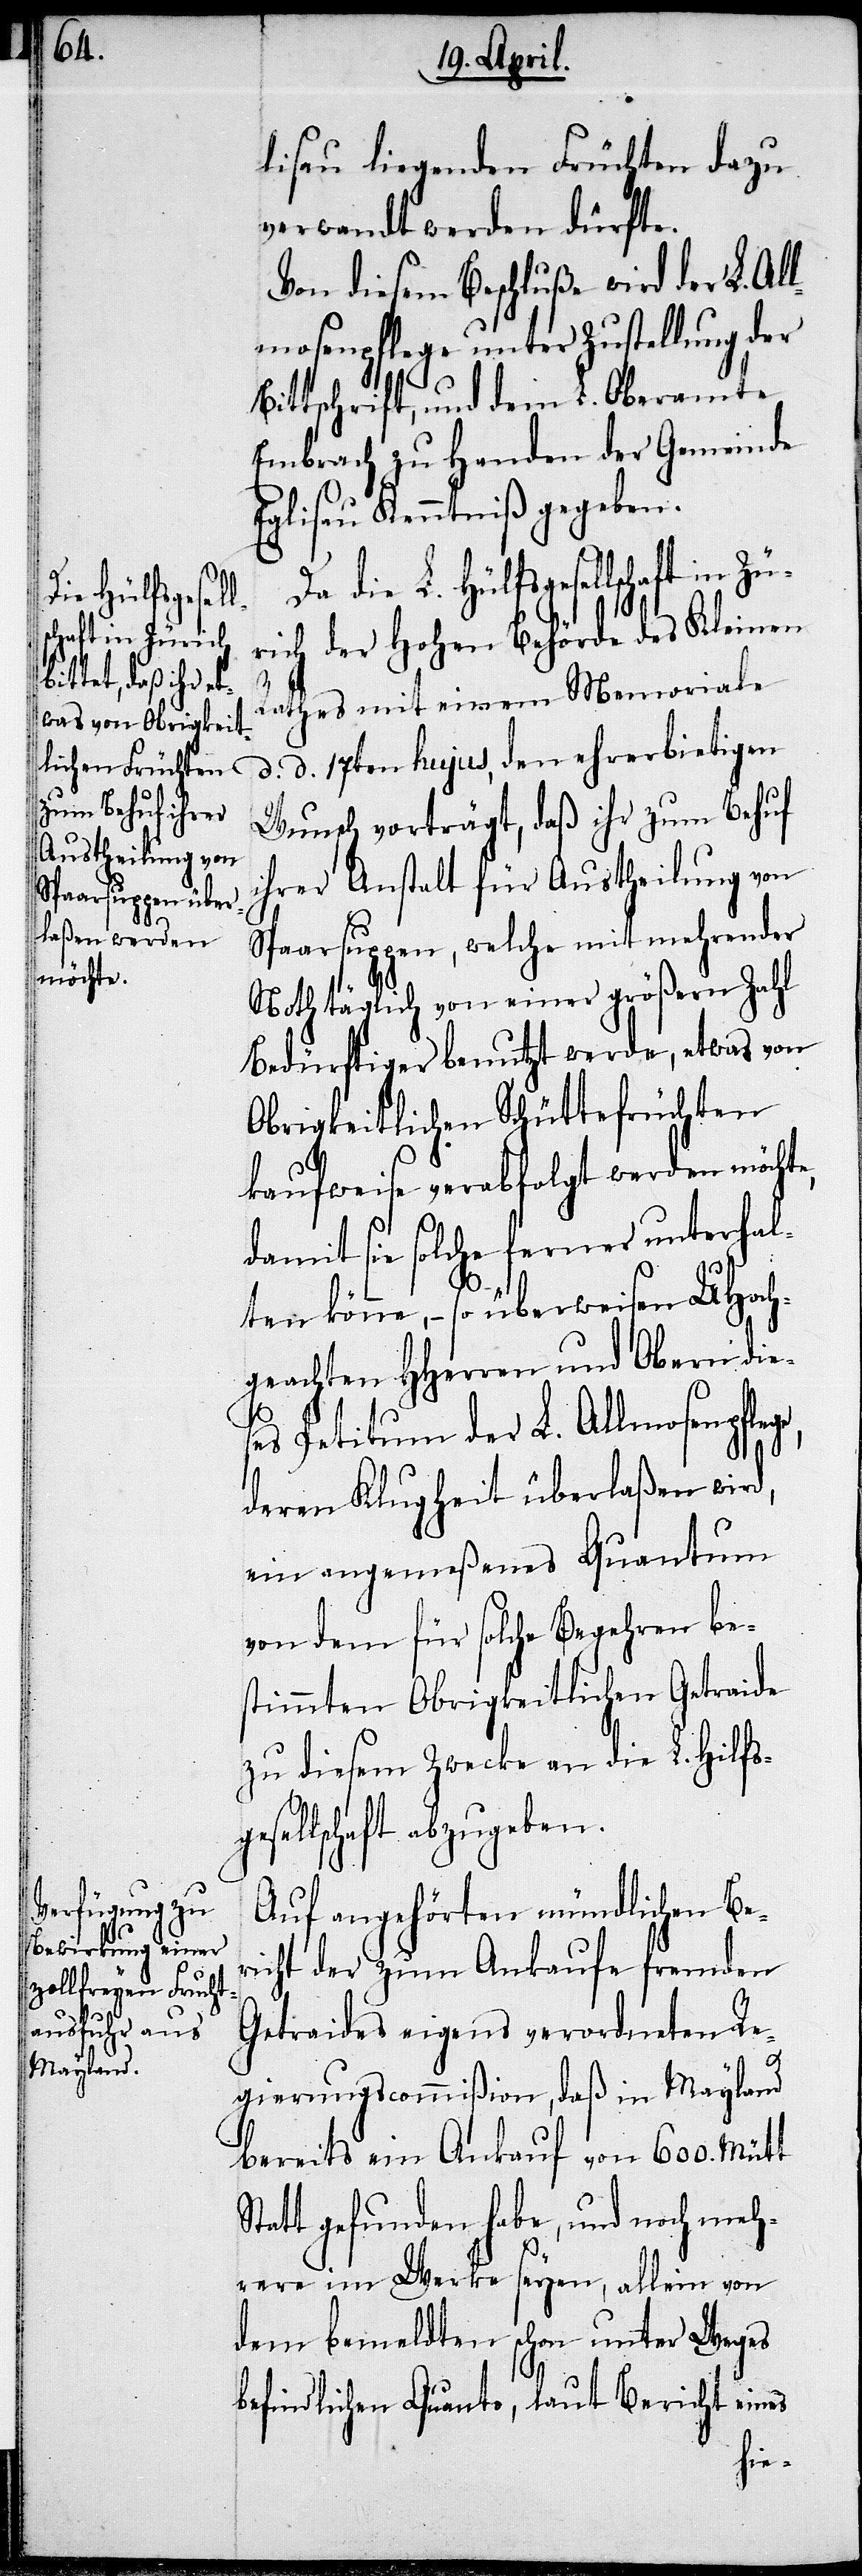
lisau liegenden Früchten dazu
verwandt werden dürfte.
Von diesem Beschluße wird der L. Al¬
lmosenpflege unter Zustellung der
Bittschrift, und dem L. Oberamte
Embrach zu Handen der Gemeinde
Eglisau Kenntniß gegeben.
L. Hülfsgesellschaft in Z¬
ürich der Hohen Behörde des Kleinen
Rathes mit einem Memoriale
d. d. 17ten hujus, den ehrerbietigen
Wunsch vorträgt, daß ihr zum Behuf
ihrer Anstalt für Austheilung von
Spaarsuppen, welche mit mehrender
Noth täglich von einer größern Zahl
Bedürftiger benutzt werde, etwas von
Obrigkeitlichen Schüttefrüchten
ge,
kaufweise verabfolgt werden möchte,
damit sie solche ferner unterhal¬
ten könne, – so überweisen UHoch¬
geachten HHerren und Obern die¬
ses Petitum der L. Allmosenpfle¬
deren Klugheit überlaßen wird,
ein angemeßenes Quantum
von dem für solche Begehren be¬
stimmten Obrigkeitlichen Getraide
zu diesem Zwecke an die L. Hilfsge¬
sellschaft abzugeben.
Auf angehörten mündlichen Ber¬
icht der zum Ankaufe fremden
Getraides eigens verordneten Re¬
gierungscommißion, daß in Mayland
bereits ein Ankauf von 600. Mütt
Statt gefunden habe, und noch meh¬
rere im Werke seyen, allein von
dem bemeldten schon unter Weges
befindlichen Quanto, laut Bericht eines